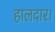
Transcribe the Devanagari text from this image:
हालदार।